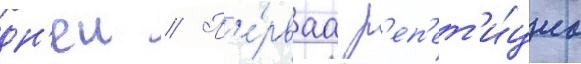
дн'еи // П'е́рваа р'еп'ет'и́циа